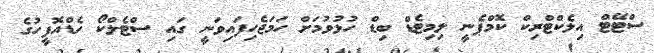
ސްޓޭޓް އިލެކްޓްރިކް ކޮމްޕެނީ ލިމިޓެޑް ބިޑް ހުޅުވުމަށް ހަމަޖެހިފައިވަނީ ގައި ސްޓެލްކޯ ހެޑްއޮފީހުގެ